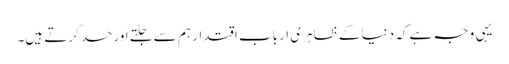
یہی وجہ ہے کہ دنیا کے ظاہری ارباب اقتدار ہم سے جلتے اورحسد کرتے ہیں۔